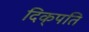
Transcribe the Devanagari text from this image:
दिक्‌पति